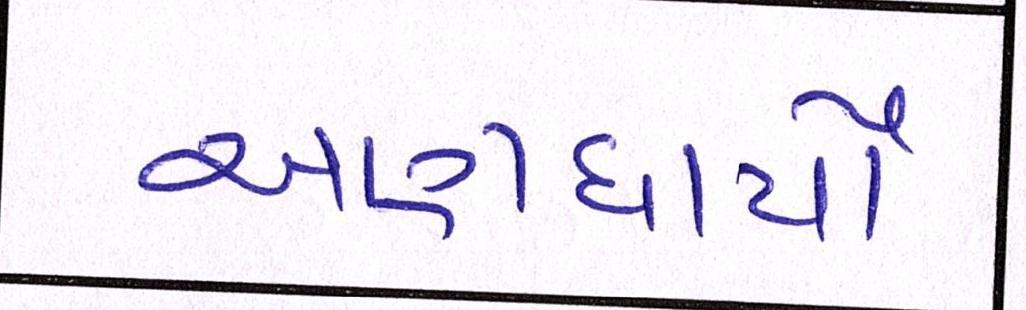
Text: અણધાર્યો